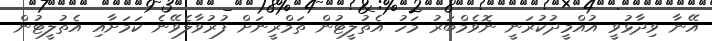
އޭނާ ވިދާޅުވީ އުއްމީދުކުރަނީ ނޮވެމްބަރު މަހު އެތުލީޓުން ތަމްރީނަށް ފުރުވާލެވޭނެ ކަމަށާއި އެތުލީޓުން